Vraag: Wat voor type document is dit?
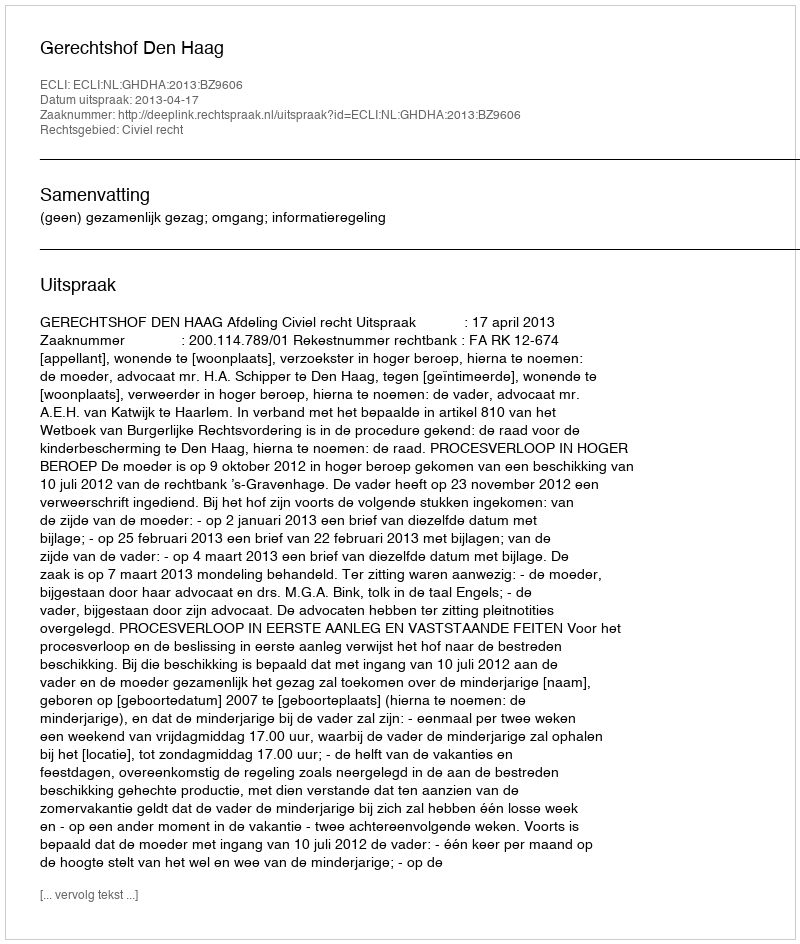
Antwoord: Uitspraak